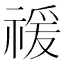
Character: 禐